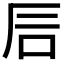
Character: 𥐘